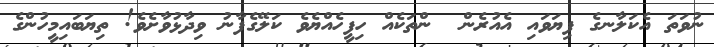
ނުވަތަ އެކަލާނގެ ފިޔަވައި އެއުރެން  ންތަކެއް ހިފީހެއްޔެވެ ކަލޭގެފާނު ވިދާޅުވާށެވެ! ތިޔަބައިމީހުންގެ